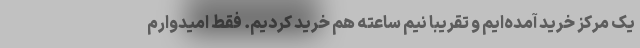
یک مرکز خرید آمده‌ایم و تقریباً نیم ساعته هم خرید کردیم. فقط امیدوارم